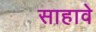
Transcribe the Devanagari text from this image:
साहावे